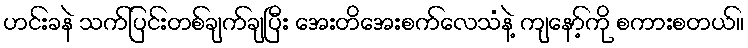
ဟင်းခနဲ သက်ပြင်းတစ်ချက်ချပြီး အေးတိအေးစက်လေသံနဲ့ ကျနော့်ကို စကားစတယ်။